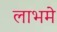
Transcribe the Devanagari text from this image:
लाभमे